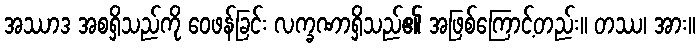
အဿာဒ အစရှိသည်ကို ဝေဖန်ခြင်း လက္ခဏာရှိသည်၏ အဖြစ်ကြောင့်တည်း။ တဿ၊ အား။